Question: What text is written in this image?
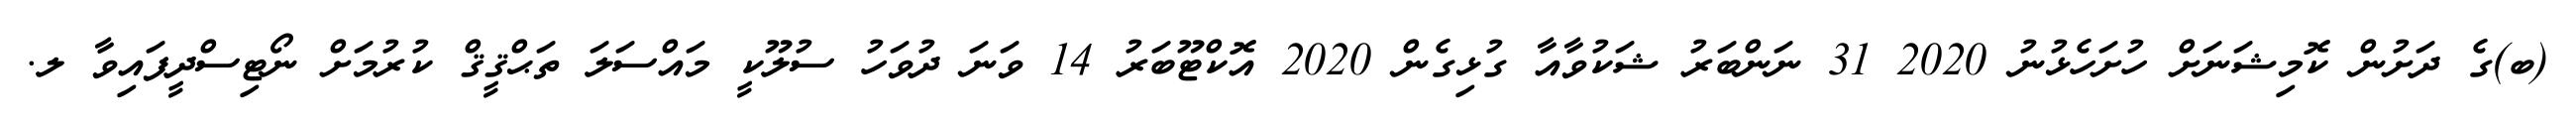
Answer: (ބ)ގެ ދަށުން ކޮމިޝަނަށް ހުށަހެޅުނު 2020 31 ނަންބަރު ޝަކުވާއާ ގުޅިގެން 2020 އޮކްޓޫބަރު 14 ވަނަ ދުވަހު ސުލޫކީ މައްސަލަ ތަޙްޤީޤް ކުރުމަށް ނޯޓިސްދީފައިވާ ލ.